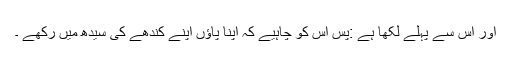
اور اس سے پہلے لکھا ہے :پس اس کو چاہیے کہ اپنا پاؤں اپنے کندھے کی سیدھ میں رکھے ۔